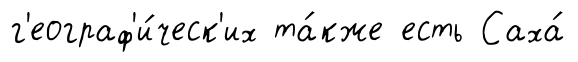
г'еограф'и́ческ'их та́кже есть Саха́